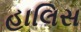
હાલિસ